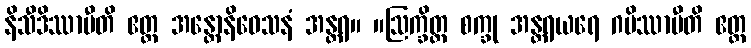
နိသီဒိဿာမီတိ ဧတ္ထ အန္တောနိဝေသနံ အန္တရ။ ။ဩက္ခိတ္တ စက္ခု အန္တရယရေ ဂမိဿာမီတိ ဧတ္ထ